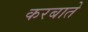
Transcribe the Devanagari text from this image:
करबाते